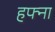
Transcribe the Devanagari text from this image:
हफ्ना